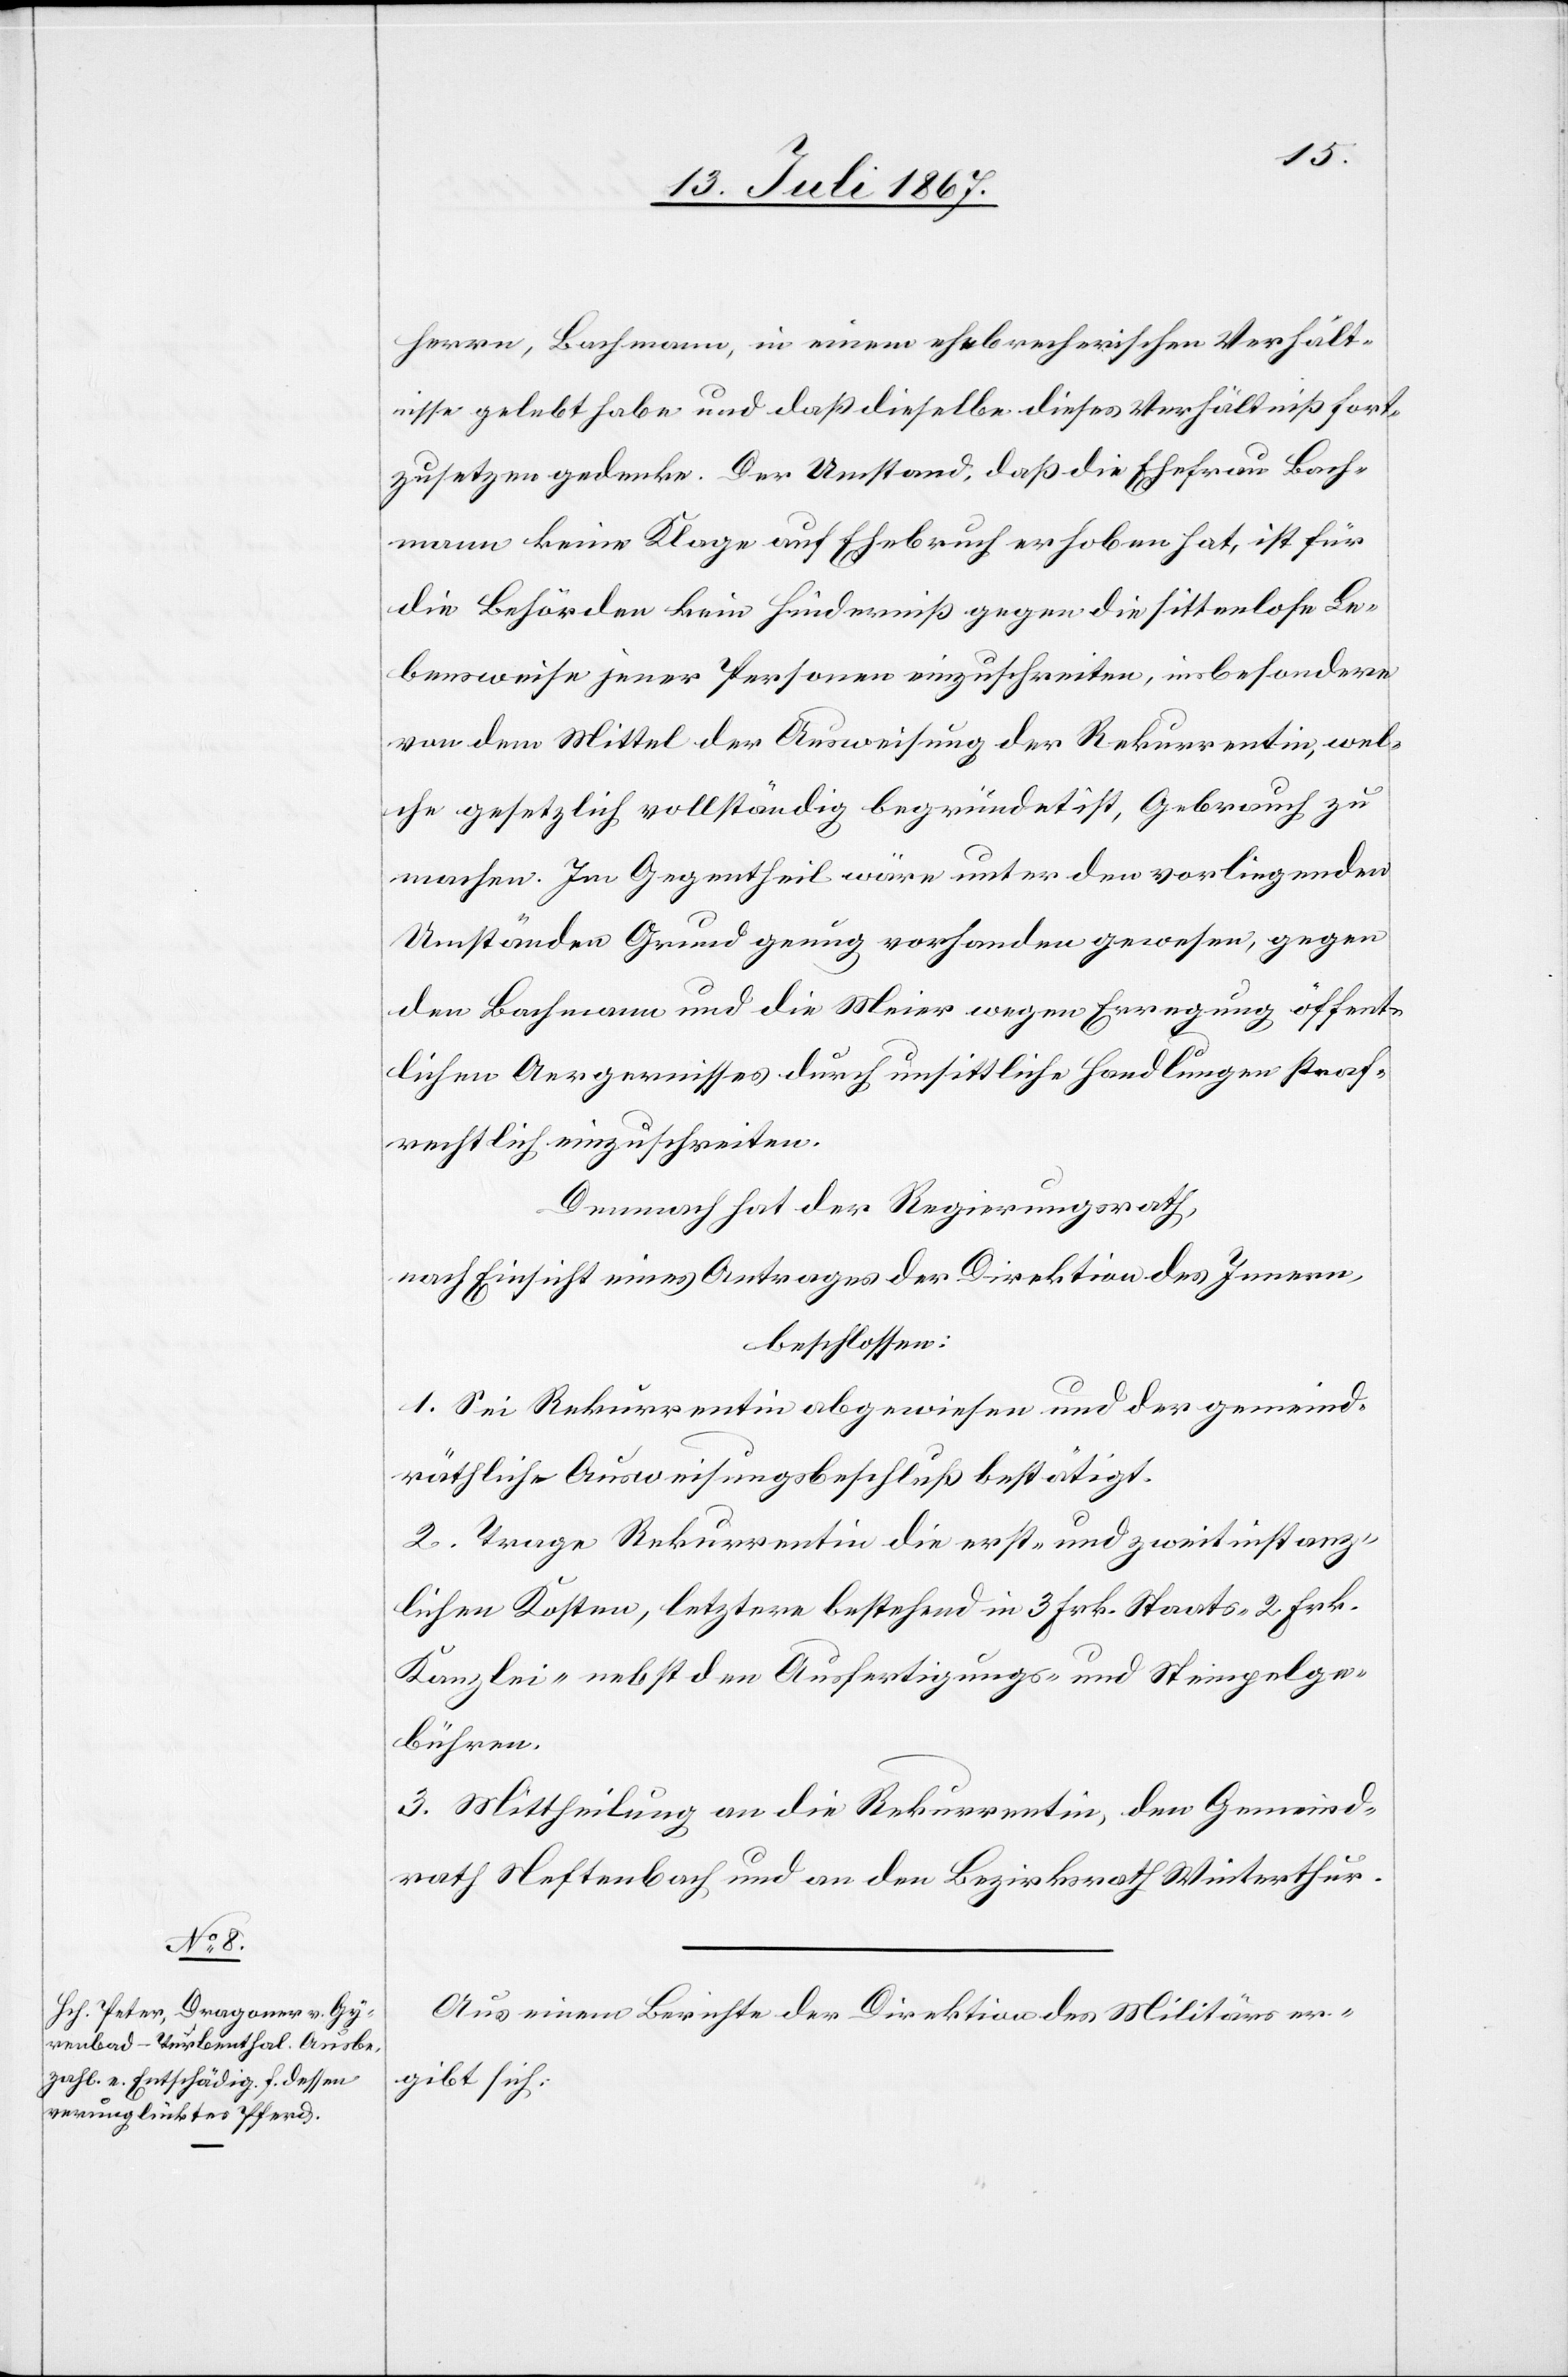
herren, Bachmann, in einem ehebrecherischen Verhält¬
nisse gelebt habe und daß dieselbe dieses Verhältniß fort¬
zusetzen gedenke. Der Umstand, daß die Ehefrau Bach¬
mann keine Klage auf Ehebruch erhoben hat, ist für
die Behörden kein Hinderniß gegen die sittenlose Le¬
bensweise jener Personen einzuschreiten, insbesondere
von dem Mittel der Ausweisung der Rekurrentin, wel¬
che gesetzlich vollständig begründet ist, Gebrauch zu
machen. Im Gegentheil wäre unter den vorliegenden
Umständen Grund genug vorhanden gewesen, gegen
den Bachmann und die Meier wegen Erregung öffent¬
lichen Aergernisses durch unsittliche Handlungen straf¬
rechtlich einzuschreiten.
Demnach hat der Regierungsrath,
nach Einsicht eines Antrages der Direktion des Innern,
beschlossen:
1. Sei Rekurrentin abgewiesen und der gemeind¬
räthliche Ausweisungsbeschluß bestätigt.
2. Trage Rekurrentin die erst- und zweitinstanz¬
lichen Kosten, letztere bestehend in 3 Frk. Staats-[,] 2 Frk.
Kanzlei- nebst den Ausfertigungs- und Stempelge¬
bühren.
3. Mittheilung an die Rekurrentin, den Gemeind¬
rath Neftenbach und an den Bezirksrath Winterthur.
Aus einem Berichte der Direktion des Militärs er¬
gibt sich: